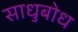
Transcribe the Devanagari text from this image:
साधुबोध